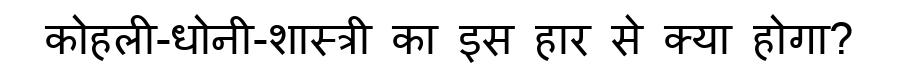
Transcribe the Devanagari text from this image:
कोहली-धोनी-शास्त्री का इस हार से क्या होगा?